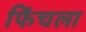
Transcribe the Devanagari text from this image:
फिंचला